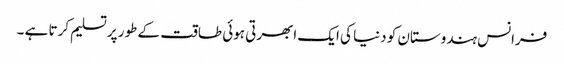
فرانس ہندوستان کو دنیا کی ایک ابھرتی ہوئی طاقت کے طور پر تسلیم کرتا ہے ۔